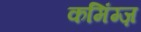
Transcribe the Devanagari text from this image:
कमिंग्ज़